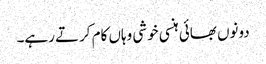
دونوں بھائی ہنسی خوشی وہاں کام کرتے رہے۔